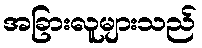
အခြားလူများသည်